French assistants in Scottish schools and training centres, 1928
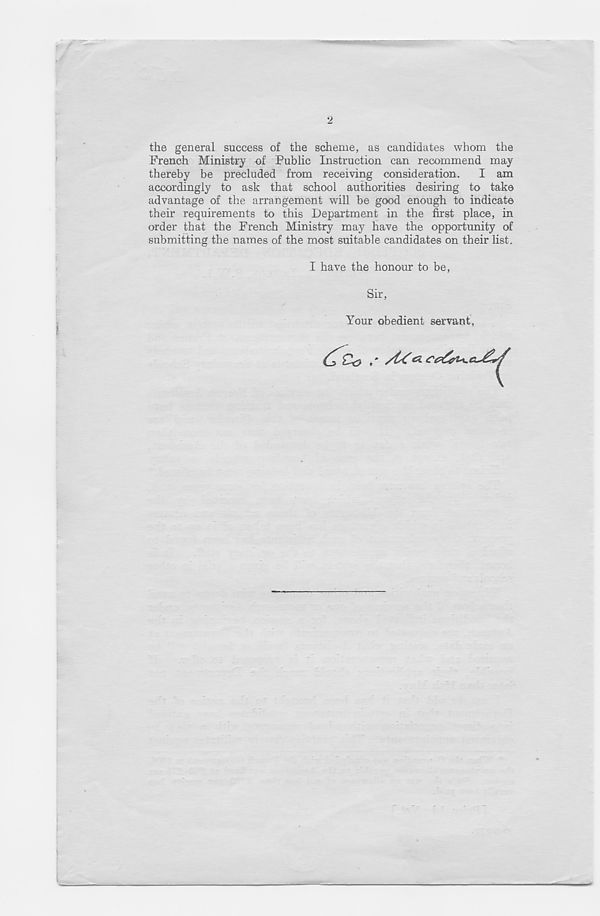
2
the general success of the scheme, as candidates whom the
French Ministry of Public Instruction can recommend may
thereby be precluded from receiving consideration. I am
accordingly to ask that school authorities desiring to take
advantage of the arrangement will be good enough to indicate
their requirements to this Department in the first place, in
order that the French Ministry may have the opportunity of
submitting the names of the most suitable candidates on their list.
I have the honour to be
Sir,
Your obedient servant,